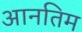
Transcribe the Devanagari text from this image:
आनतिम